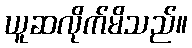
ယူဆလိုက်မိသည်။